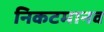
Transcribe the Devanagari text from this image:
निकटमानव